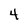
Character: 4